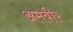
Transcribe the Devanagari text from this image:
अमबीर